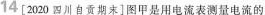
14[2020四川自贡期末]图甲是用电流表测量电流的